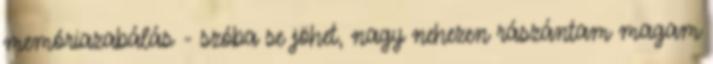
memóriazabálás - szóba se jöhet, nagy nehezen rászántam magam